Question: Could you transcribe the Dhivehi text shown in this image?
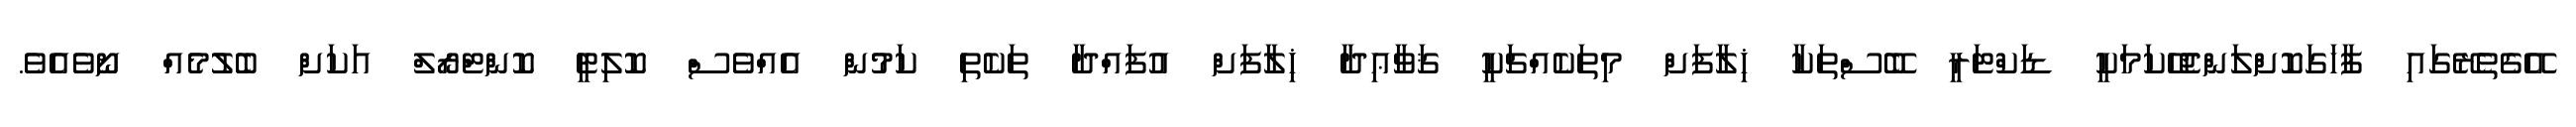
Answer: އޭގެތެރޭގައި ފާހަގަކޮށްލަންޖެހޭކަމަކީ ޑަކްޓަރީ ބޭސްތަކާ ޚިލާފަށް މިތަކެއްޗަކީ ޤަވާޢިދާ ޚިލާފަށް އުފައްދާ ތަކެތި ކަމުން އެއްވެސް ކޮލިޓީ ކޮންޓްރޯލް އަކަށް ބެލުމެއް ނޯވެއެވެ.